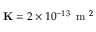
\mathbf { K } = 2 \times 1 0 ^ { - 1 3 } \, \mathrm { ~ m ~ } ^ { 2 }